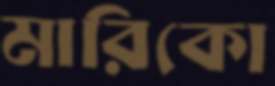
মারিকো